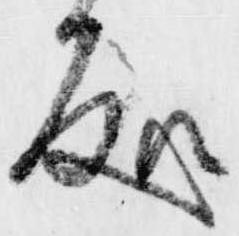
処